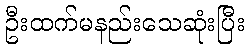
ဦးထက်မနည်းသေဆုံးပြီး